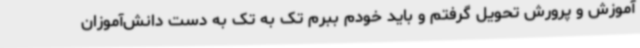
آموزش و پرورش تحویل گرفتم و باید خودم ببرم تک به تک به دست دانش‌آموزان